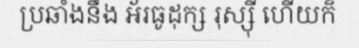
ប្រឆាំងនឹង អ័រធូដុក្ស រុស្ស៊ី ហើយក៏